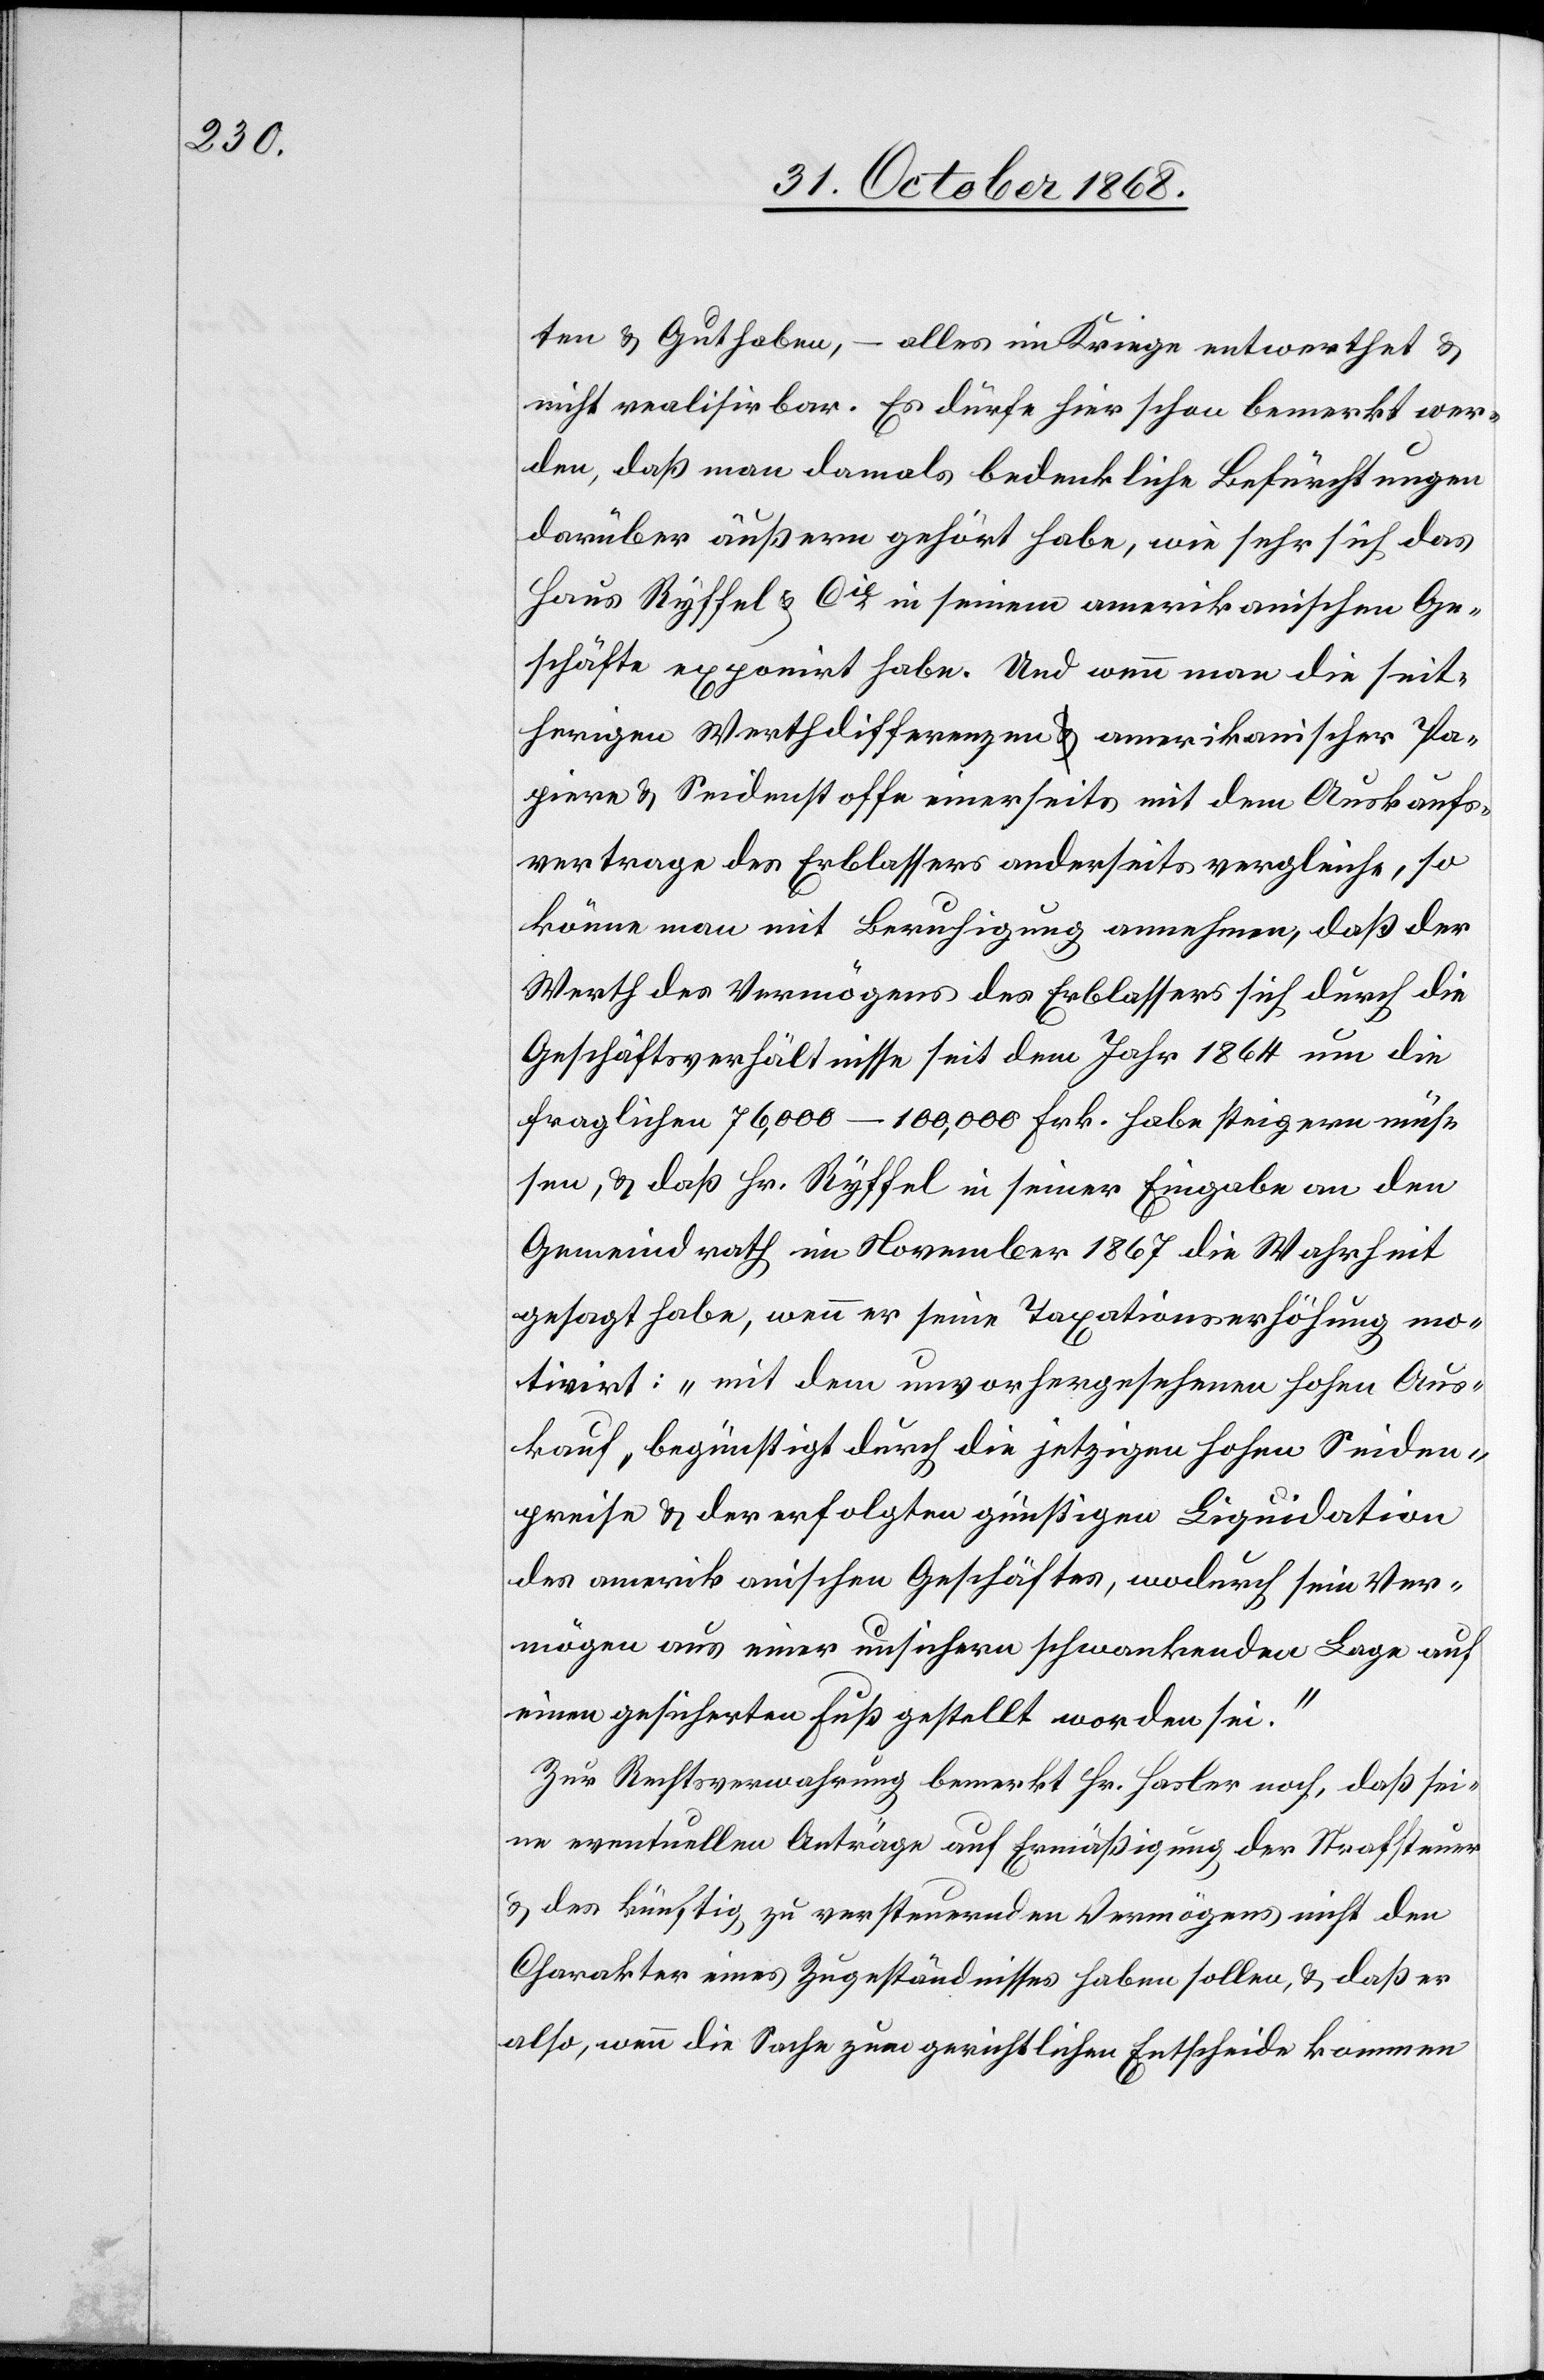
ten & Guthaben, – alles im Kriege entwerthet &
nicht realisirbar. Es dürfe hier schon bemerkt wer¬
den, daß man damals bedenkliche Befürchtungen
darüber äußern gehört habe, wie sehr sich das
Haus Ryffel & Cie in seinem amerikanischen Ge¬
schäfte exponirt habe. Und wenn man die seither¬
Papiere & Seidenstoffe einerseits mit dem Auskaufs¬
vertrage des Erblassers anderseits vergleiche, so
könne man mit Beruhigung annehmen, daß der
Werth des Vermögens des Erblassers sich durch die
Geschäftsverhältnisse seit dem Jahr 1864 um die
fraglichen 76,000–100,000 Frk. habe steigern müs¬
sen, & daß Hr. Ryffel in seiner Eingabe an den
Gemeindrath im November 1867 die Wahrheit
gesagt habe, wenn er seine Taxationserhöhung mo¬
tivirt: „mit dem unvorhergesehenen hohen Aus¬
kauf, begünstigt durch die jetzigen hohen Seiden¬
preise & der erfolgten günstigen Liquidation
des amerikanischen Geschäftes, wodurch sein Ver¬
mögen aus einer unsichern schwankenden Lage auf
igen
einen gesicherten Fuß gestellt worden sei.“
Zur Rechtsverwahrung bemerkt Hr. Hasler noch, daß sei¬
ne eventuellen Anträge auf Ermäßigung der Strafsteuer
& des künftig zu versteuernden Vermögens nicht den
Charakter eines Zugeständnisses haben sollen, & daß er
also, wenn die Sache zum gerichtlichen Entscheide kommen